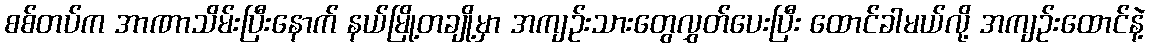
စစ်တပ်က အာဏာသိမ်းပြီးနောက် နယ်မြို့တချို့မှာ အကျဉ်းသားတွေလွှတ်ပေးပြီး ထောင်ခါမယ်လို့ အကျဉ်းထောင်နဲ့